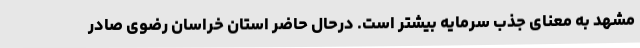
مشهد به معنای جذب سرمایه بیشتر است. درحال حاضر استان خراسان رضوی صادر